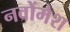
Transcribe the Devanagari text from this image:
नवोंमेश